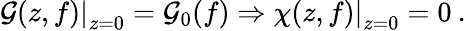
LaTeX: \left.\mathcal{G}(z,f)\right|_{z=0}=\mathcal{G}_{0}(f)\Rightarrow\left.\chi(z,f)\right|_{z=0}=0\: .